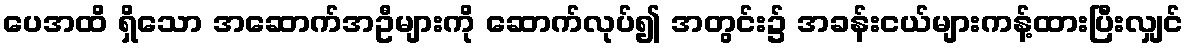
ပေအထိ ရှိသော အဆောက်အဦများကို ဆောက်လုပ်၍ အတွင်း၌ အခန်းငယ်များကန့်ထားပြီးလျှင်